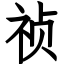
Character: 祯